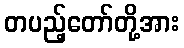
တပည့်တော်တို့အား